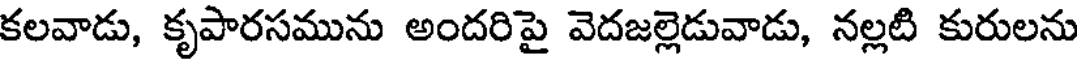
కలవాడు, కృపారసమును అందరిపై వెదజల్లెడువాడు, నల్లటి కురులను